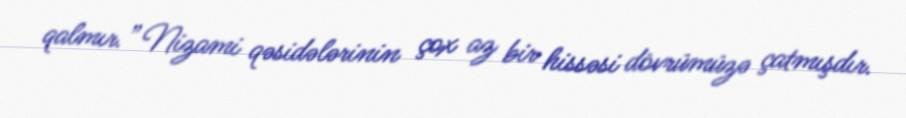
qalmır.” Nizami qəsidələrinin çox az bir hissəsi dövrümüzə çatmışdır.